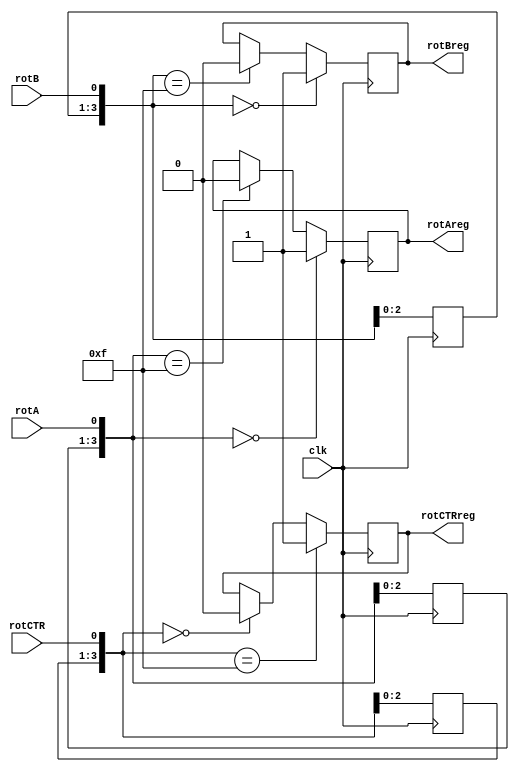
// Rotary Shaft Encoder rotary.v
// c 2012 Embedded Design using Programmable Gate Arrays  Dennis Silage

module rotary(input clk, rotA, rotB, rotCTR, output reg rotAreg,
              output reg rotBreg, output reg rotCTRreg);

reg [3:0] rotAshift;
reg [3:0] rotBshift;
reg [3:0] rotCTRshift;
	
always@(posedge clk)
	begin
		rotCTRshift=rotCTRshift<<1;
		rotCTRshift[0]=rotCTR;
	if (rotCTRshift==0)
		rotCTRreg=0;
	if (rotCTRshift==15)
		rotCTRreg=1;	
		
		rotAshift=rotAshift<<1;
		rotAshift[0]=rotA;
	if (rotAshift==15)
		rotAreg=0;
	if (rotAshift==0)
		rotAreg=1;			
		
		rotBshift=rotBshift<<1;
		rotBshift[0]=rotB;
	if (rotBshift==15)
		rotBreg=0;
	if (rotBshift==0)
		rotBreg=1;			
	end
	
endmodule